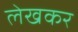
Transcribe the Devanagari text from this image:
लेखकर